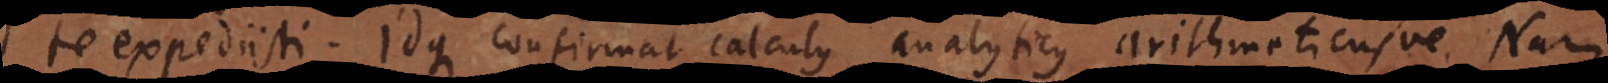
te expediisti. Idque confirmat calculus analyticus arithmeticusve. Nam